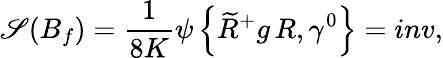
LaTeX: \mathscr{S}(B_{f})=\frac{{1}}{{8K}}\psi\left\{ \widetilde{{R}}^{+}g\, R,\gamma^{0}\right\} =inv,